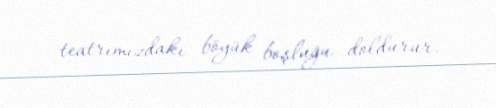
teatrımızdakı böyük boşluğu doldurur.